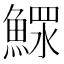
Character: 𩹌